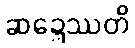
ဆဍ္ဍေဿတိ